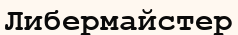
Либермайстер